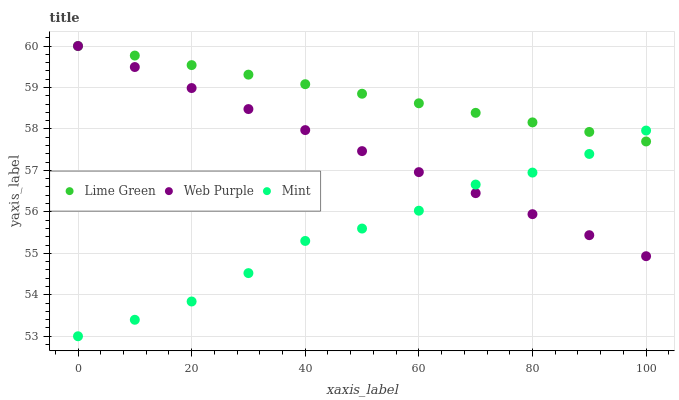
| xaxis_label | Lime Green | Web Purple | Mint |
 | --- | --- | --- | --- |
 | 0 | 60 | 60 | 53 |
 | 10 | 59.8 | 59.5 | 53.4 |
 | 20 | 59.5 | 59 | 53.8 |
 | 30 | 59.3 | 58.5 | 54.5 |
 | 40 | 59.1 | 58 | 55.3 |
 | 50 | 58.8 | 57.5 | 55.6 |
 | 60 | 58.6 | 57 | 56 |
 | 70 | 58.4 | 56.5 | 56.7 |
 | 80 | 58.2 | 55.9 | 56.9 |
 | 90 | 57.9 | 55.4 | 57.4 |
 | 100 | 57.7 | 54.9 | 58 |